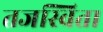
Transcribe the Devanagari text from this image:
तजस्विता